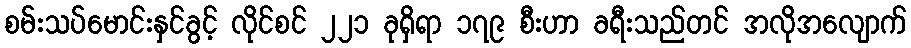
စမ်းသပ်မောင်းနှင်ခွင့် လိုင်စင် ၂၂၁ ခုရှိရာ ၁၇၉ စီးဟာ ခရီးသည်တင် အလိုအလျောက်